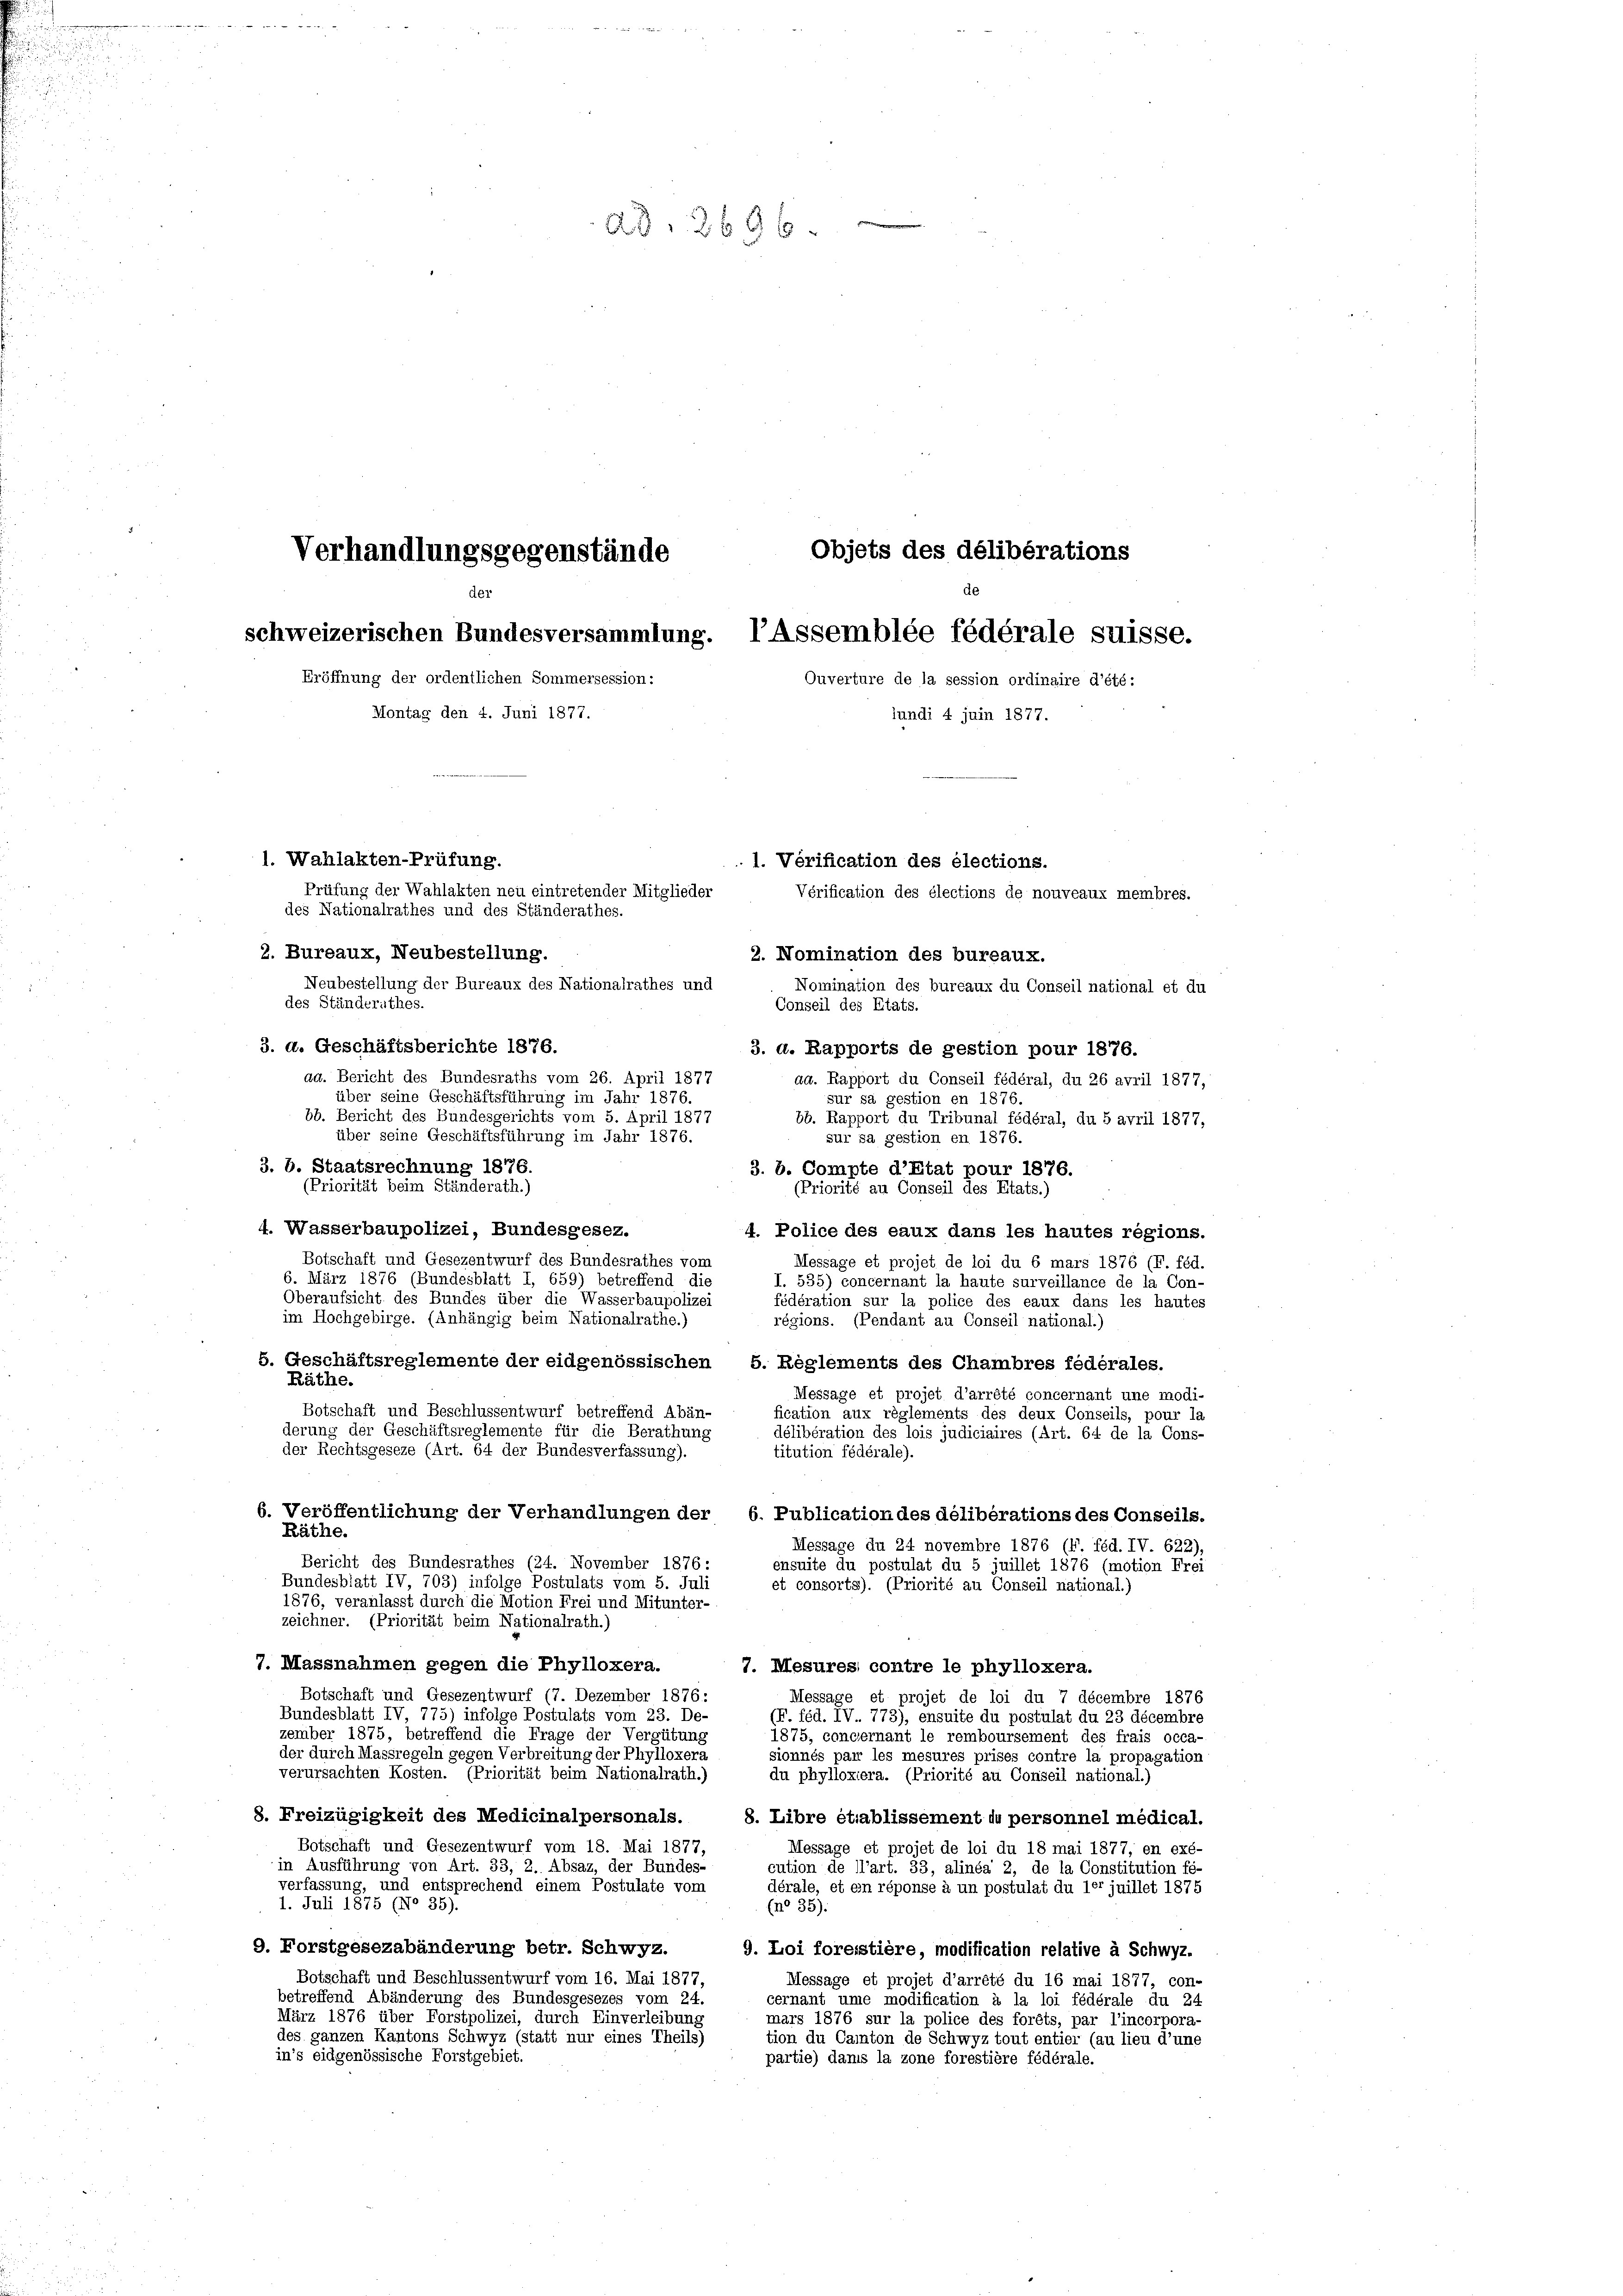
Ad 2696.

Verhandlungsgegenstände
de
der
schweizerischen Bundesversammlung. l’Assemblée fédérale suisse.
Eröffnung der ordentlichen Sommersession:
Ouverture de la session ordinaire d’été:

1. Wahlakten-Prüfung.
Prüfung der Wahlakten neu eintretender Mitglieder
des Nationalrathes und des Ständerathes.

objets des délibérations

Montag den 4. Juni 1877.
jundi 4 juin 1877.
2. Bureaux, Neubestellung.
Neubestellung der Bureaux des Nationalrathes und
des Ständerathes.
3. d. Geschäftsberichte 1876.
3. d. Rapports de gestion pour 1876.
ad. Bericht des Bundesraths vom 26. April 1877
ad. Rapport du Conseil fédéral, du 26 avril 1877,
über seine Geschäftsführung im Jahr 1876.
sur sa gestion en 1876.
bb. Bericht des Bundesgerichts vom 5. April 1877
bb. Rapport du Tribunal fédéral, du 5 avril 1877,
über seine Geschäftsführung im Jahr 1876.
sur sa gestion en 1876.
3. b. Staatsrechnung 1876.
3. b. Compte d’Etat pour 1876.
(Priorität beim Ständerath.)
(Priorité au Conseil des Etats.)
4. Wasserbaupolizei, Bundesgesez.
4. Police des eaux dans les hautes regions.
Botschaft und Gesezentwurf des Bundesrathes vom
Message et projet de loi du 6 mars 1876 (F. féd.
6. März 1876 (Bundesblatt I, 659) betreffend die
.535) concernant la haute surveillance de la Con-
Oberaufsicht des Bundes über die Wasserbaupolizei
fédération sur la police des eaux dans les hautes
im Hochgebirge. (Anhängig beim Nationalrathe.)
régions. (Pendant au Conseil national.)
5. Geschäftsreglemente der eidgenössischen 5. Reglements des Chambres fédérales.
Räthe.
Message et projet d’arrêté concernant une modi-
Botschaft und Beschlussentwurf betreffend Abänfication aux règlements des deux Conseils, pour la
derung der Geschäftsreglemente für die Berathung
délibération des lois judiciaires (Art. 64 de la Cons-
der Rechtsgeseze (Art. 64 der Bundesverfassung).
titution fédérale).
6. Veröffentlichung der Verhandlungen der 6. Publication des délibérations des Conseils.
Räthe.
Message du 24 novembre 1876 (F. féd. IV. 622)
Bericht des Bundesrathes (24. November 1876 :
ensuite du postulat du 5 juillet 1876 (motion Frei
Bundesblatt IV, 703) infolge Postulats vom 5. Juli
et consorts). (Priorité au Conseil national.)
1876, veranlasst durch die Motion Frei und Mitunter-
zeichner. (Priorität beim Nationalrath.)
7. Massnahmen gegen die Phylloxera.
7. Mesures, contre le phylloxera.
Botschaft und Gesezentwurf (7. Dezember 1876:
Message et projet de loi du 7 décembre 1876
Bundesblatt IV 775) infolge Postulats vom 23. De-
(F. féd. IV. 773), ensuite du postulat du 23 décembre
zember 1875, betreffend die Frage der Vergütung
1875, concernant le remboursement des frais occa-
der durch Massregeln gegen Verbreitung der Phylloxerà
sionnés par les mesures prises contre la propagation
verursachten Kosten. (Priorität beim Nationalrath.)
du phylloxiera. (Priorité au Conseil national.)
8. Freizügigkeit des Medicinalpersonals.
8. Libre établissement du personnel medical.
Botschaft und Gesezentwurf vom 18. Mai 1877,
Message et projet de loi du 18 mai 1877, en exé-
in Ausführung von Art. 33, 2. Absaz, der Bundes-
cution de l’art. 33, alinéa 2, de la Constitution fe-
verfassung, und entsprechend einem Postulate vom
dérale, et ein réponse à un postulat du ler juillet 1875
1. Juli 1875 (No 35).
(n° 35).
9. Forstgesezabänderung betr. Schwyz.
9. Loi foreistière, modification relative à Schwyz-
Botschaft und Beschlussentwurf vom 16. Mai 1877,
Message et projet d’arrêté du 16 mai 1877, con-
betreffend Abänderung des Bundesgesezes vom 24.
cernant ume modification à la loi fédérale du 24
März 1876 über Forstpolizei, durch Einverleibung
mars 1876 sur la police des forêts, par l’incorpora-
des ganzen Kantons Schwyz (statt nur eines Theils)
tion du Canton de Schwyz tout entier (au lieu d’une
in’s eidgenössische Forstgebiet.
partie) dans la zone forestière fédérale.

1. Verification des élections.
Vérification des élections de nouveaux membres.
2. Nomination des bureaux.
Nomination des bureaux du Conseil national et du
Conseil des Etats.